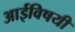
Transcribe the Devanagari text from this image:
आईविषयी